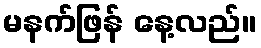
မနက်ဖြန် နေ့လည်။